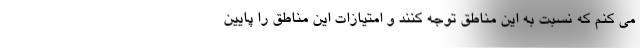
می کنم که نسبت به این مناطق توجه کنند و امتیازات این مناطق را پایین